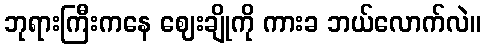
ဘုရားကြီးကနေ ဈေးချိုကို ကားခ ဘယ်လောက်လဲ။